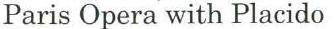
Paris Opera with Placido